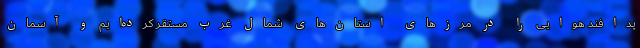
پدافند هوایی را در مرزهای استان‌های شمال غرب مستقر کرده‌ایم و آسمان